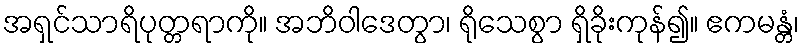
အရှင်သာရိပုတ္တရာကို။ အဘိဝါဒေတွာ၊ ရိုသေစွာ ရှိခိုးကုန်၍။ ဧကမန္တံ၊